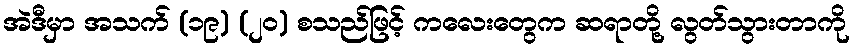
အဲဒီမှာ အသက် (၁၉) (၂၀) စသည်ဖြင့် ကလေးတွေက ဆရာတို့ လွတ်သွားတာကို